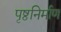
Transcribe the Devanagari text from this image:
पृष्ठनिर्माण